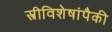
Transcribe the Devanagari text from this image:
स्त्रीविशेषांपैकी